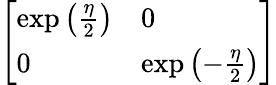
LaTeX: \left[\begin{array}{ll}{\exp\left({\frac{\eta}{2}}\right)}&{0}\\ {0}&{\exp\left(-{\frac{\eta}{2}}\right)}\end{array}\right]